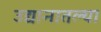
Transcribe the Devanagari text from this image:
उद्यानातल्या